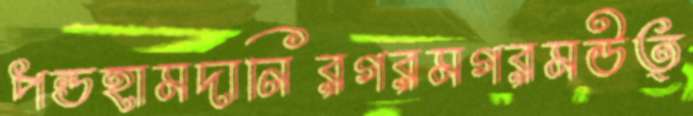
পন্ডহামদানিরগরমগরমউত্